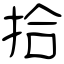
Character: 拾